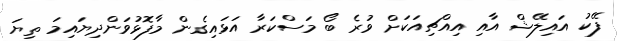
ފޭކު އައިލޭޝް އާއި އިއްޗިއަކަށް ވުރެ ބޯ މަސްކަރާ އަޅައިގެން މާފޮޅުވަންދިޔައިމަ ތިޔަ